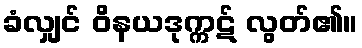
ခံလျှင် ဝိနယဒုက္ကဋ် လွတ်၏။